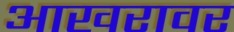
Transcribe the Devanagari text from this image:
आखरावर